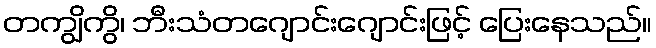
တကျွိကွိ၊ ဘီးသံတဂျောင်းဂျောင်းဖြင့် ပြေးနေသည်။